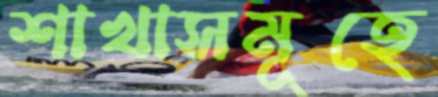
শাখাসমূহে